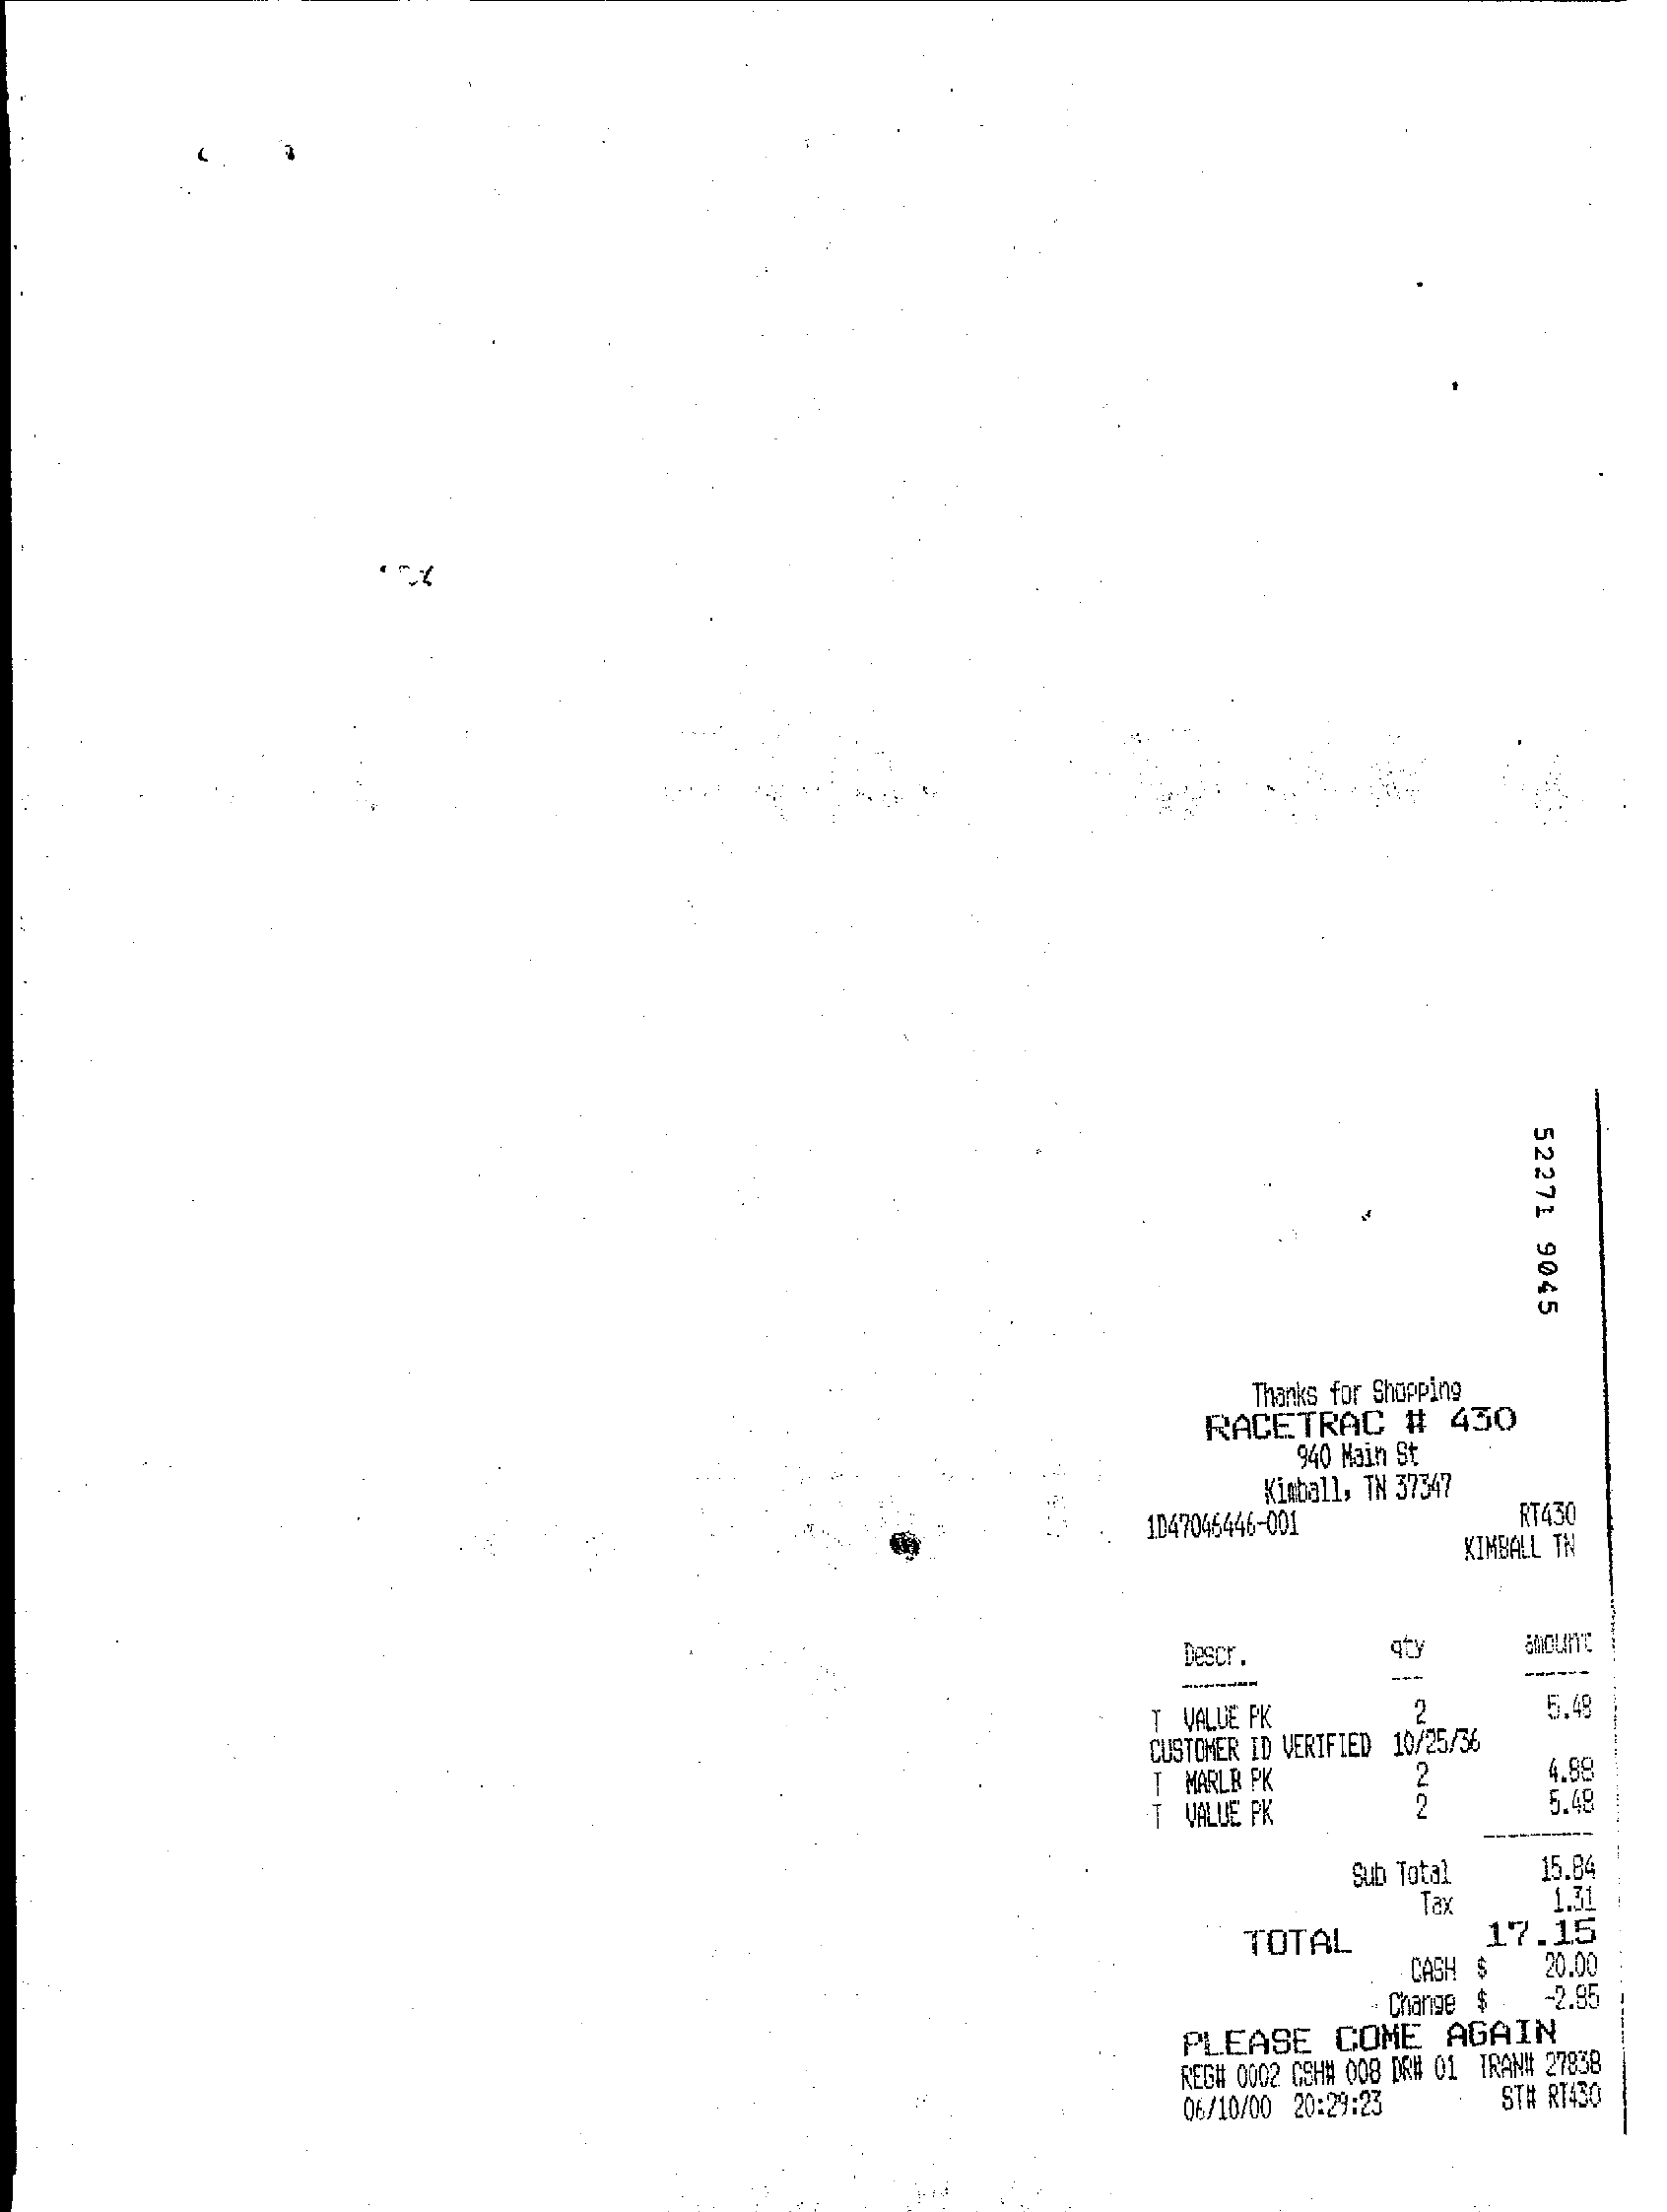
52271
     9045
     Thanks for Shopping
     RACETRAC    #  430
     940 Main St
     1047046446-001
     Kimball, TN 37347
     RT430
     KIMBALL TN
     Descr.
     T VALUE PK    5.48
     CUSTOMER ID VERIFIED 10/25/36
     T  MARLB PK    2
     T  VALUE PK    2
     4.88
     5.48
     Sub Total    15.84
     Tax    1.31
     TOTAL    17.15
     CASH $   20.00
     Change $    -2.95
     PLEASE    COME    AGAIN
     REG# 0002 GSH# 008 DR# 01 TRAN# 27838
     06/10/00 20:29:23    ST# RT430